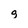
Character: g